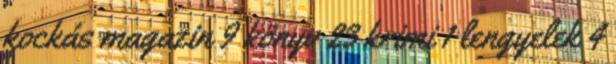
kockás magazin 9 könyv 23 krimi 1 lengyelek 4